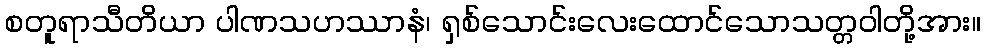
စတူရာသီတိယာ ပါဏသဟဿာနံ၊ ရှစ်သောင်းလေးထောင်သောသတ္တဝါတို့အား။